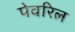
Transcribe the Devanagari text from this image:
पेवरिल